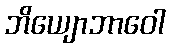
ဘိယျောဘာဝေါ